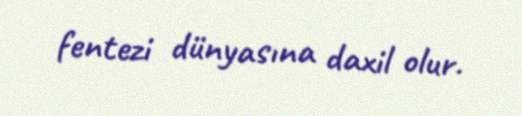
fentezi dünyasına daxil olur.